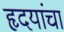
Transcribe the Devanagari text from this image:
हृदयांचा